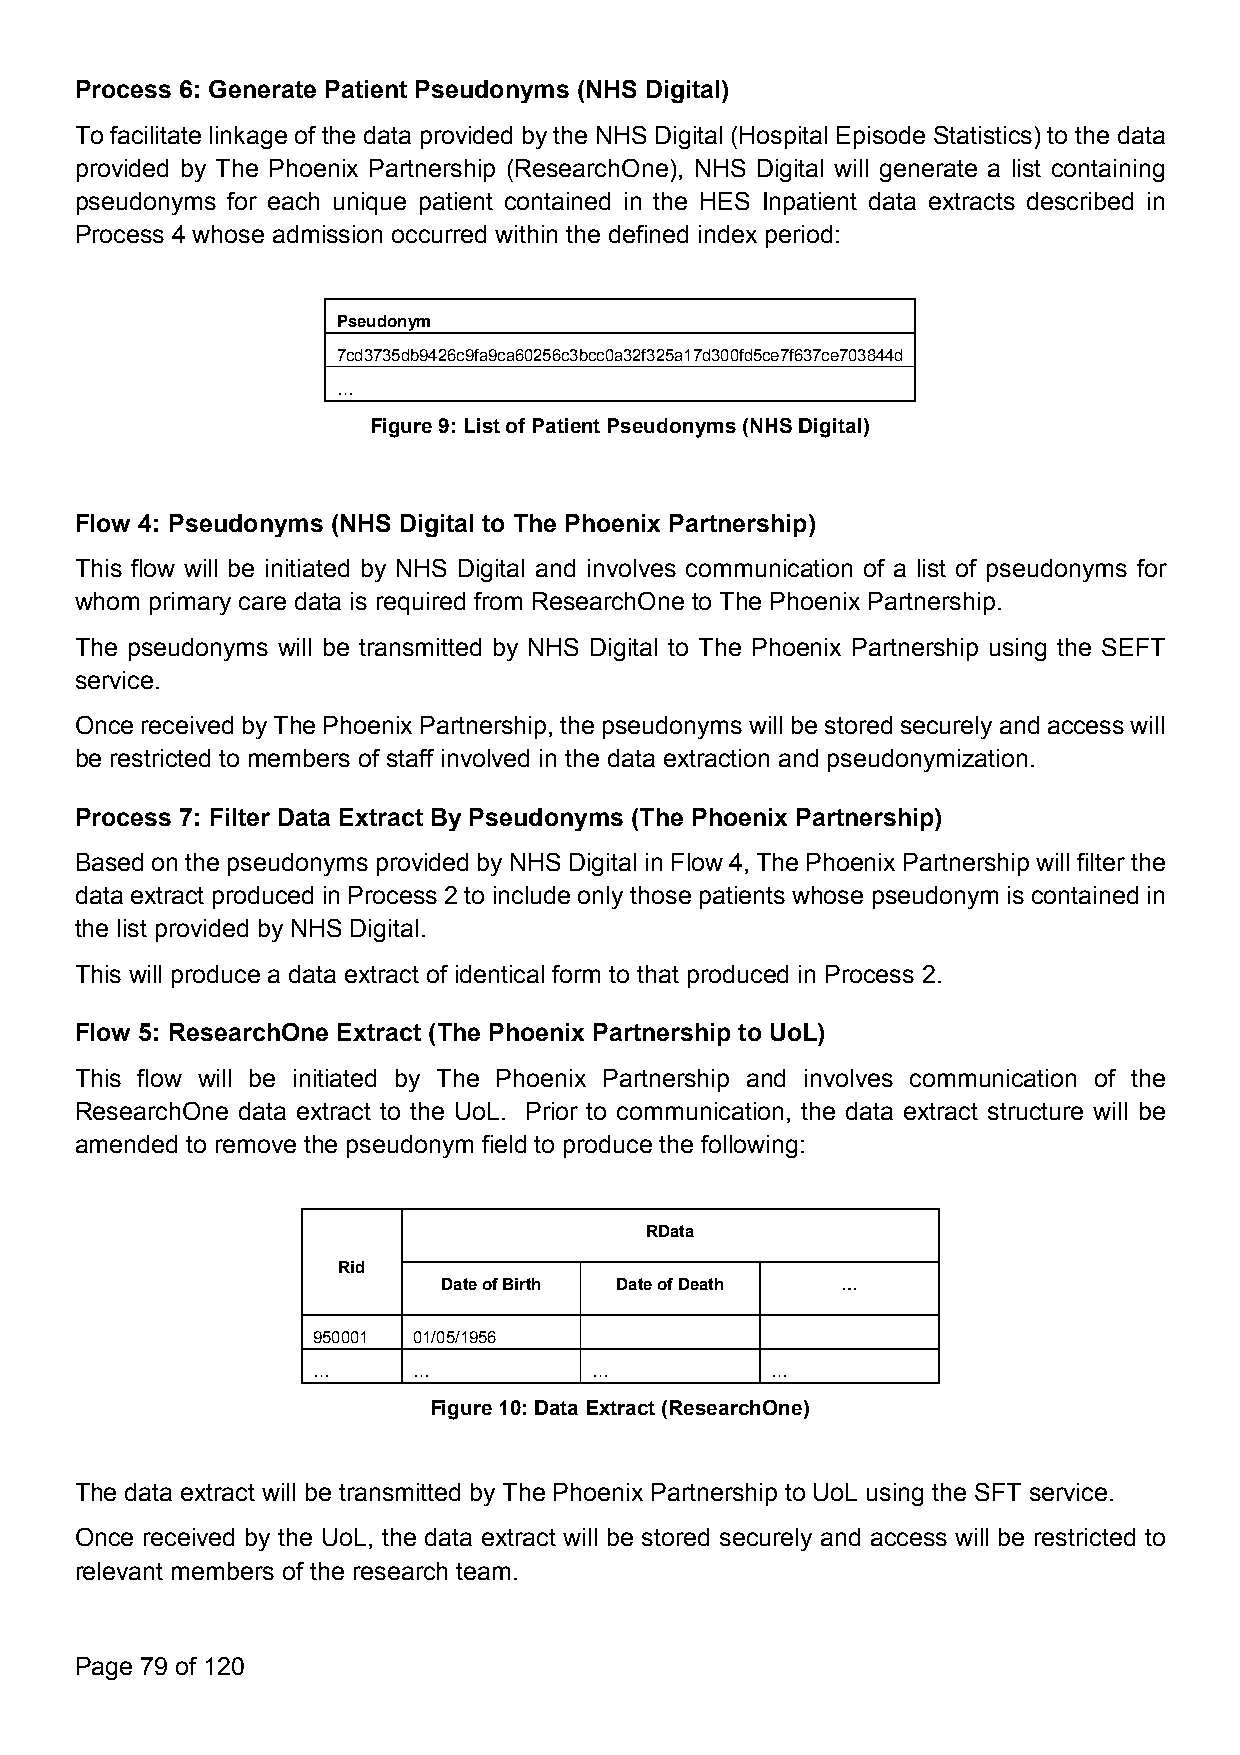
Process 6: Generate Patient Pseudonyms (NHS Digital)
 To facilitate linkage of the data provided bythe NHS Digital (Hospital Episode Statistics) to the data
 provided by The Phoenix Partnership (ResearchOne), NHS Digital will generate a list containing
 pseudonyms for each unique patient contained in the HES Inpatient data extracts described in
 Process 4 whose admission occurred within the defined index period:
 Pseudonym
 7cd3735db9426c9fa9ca60256c3bcc0a32f325a17d300fd5ce7f637ce703844d
 …
 Figure9:ListofPatientPseudonyms(NHSDigital)
 Flow 4: Pseudonyms (NHS Digital to The Phoenix Partnership)
 This flow will be initiated by NHS Digital and involves communication of a list of pseudonyms for
 whom primary care data is required from ResearchOne to The Phoenix Partnership.
 The pseudonyms will be transmitted by NHS Digital to The Phoenix Partnership using the SEFT
 service.
 Oncereceived byThePhoenixPartnership,thepseudonymswillbe stored securelyandaccesswill
 be restricted to members of staff involved in the data extraction and pseudonymization.
 Process 7: Filter Data Extract By Pseudonyms (The Phoenix Partnership)
 Basedonthepseudonymsprovided byNHS Digitalin Flow4, The PhoenixPartnership will filterthe
 data extract produced in Process2 to include onlythose patients whose pseudonym is contained in
 the list provided by NHS Digital.
 This will produce a data extract of identical form to that produced in Process 2.
 Flow 5: ResearchOne Extract (The Phoenix Partnership to UoL)
 This flow will be initiated by The Phoenix Partnership and involves communication of the
 ResearchOne data extract to the UoL. Prior to communication, the data extract structure will be
 amended to remove the pseudonym field to produce the following:
 RData
 Rid
 DateofBirth DateofDeath    …
 950001 01/05/1956
 …     …           …           …
 Figure10:DataExtract(ResearchOne)
 The data extract will be transmitted by The Phoenix Partnership to UoL using the SFT service.
 Once received by the UoL, the data extract will be stored securely and access will be restricted to
 relevant members of the research team.
 Page 79 of 120